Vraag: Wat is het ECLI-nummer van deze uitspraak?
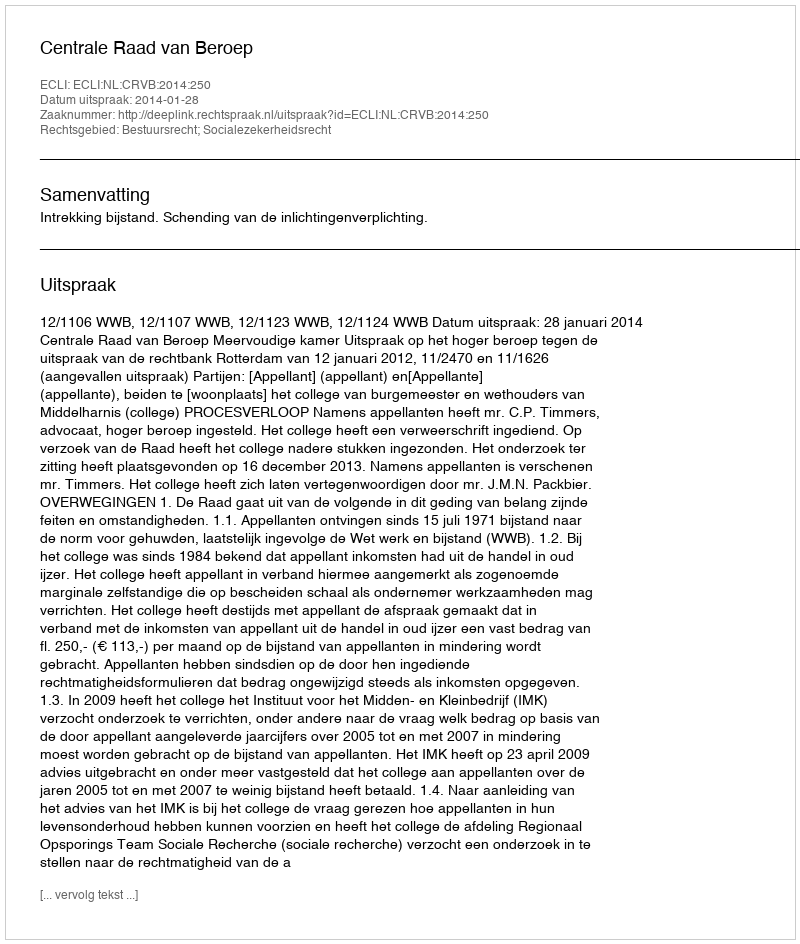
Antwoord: ECLI:NL:CRVB:2014:250